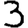
Digit: 3